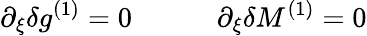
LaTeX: \partial_{\xi}\delta g^{(1)}=0\qquad\quad\partial_{\xi}\delta M^{(1)}=0